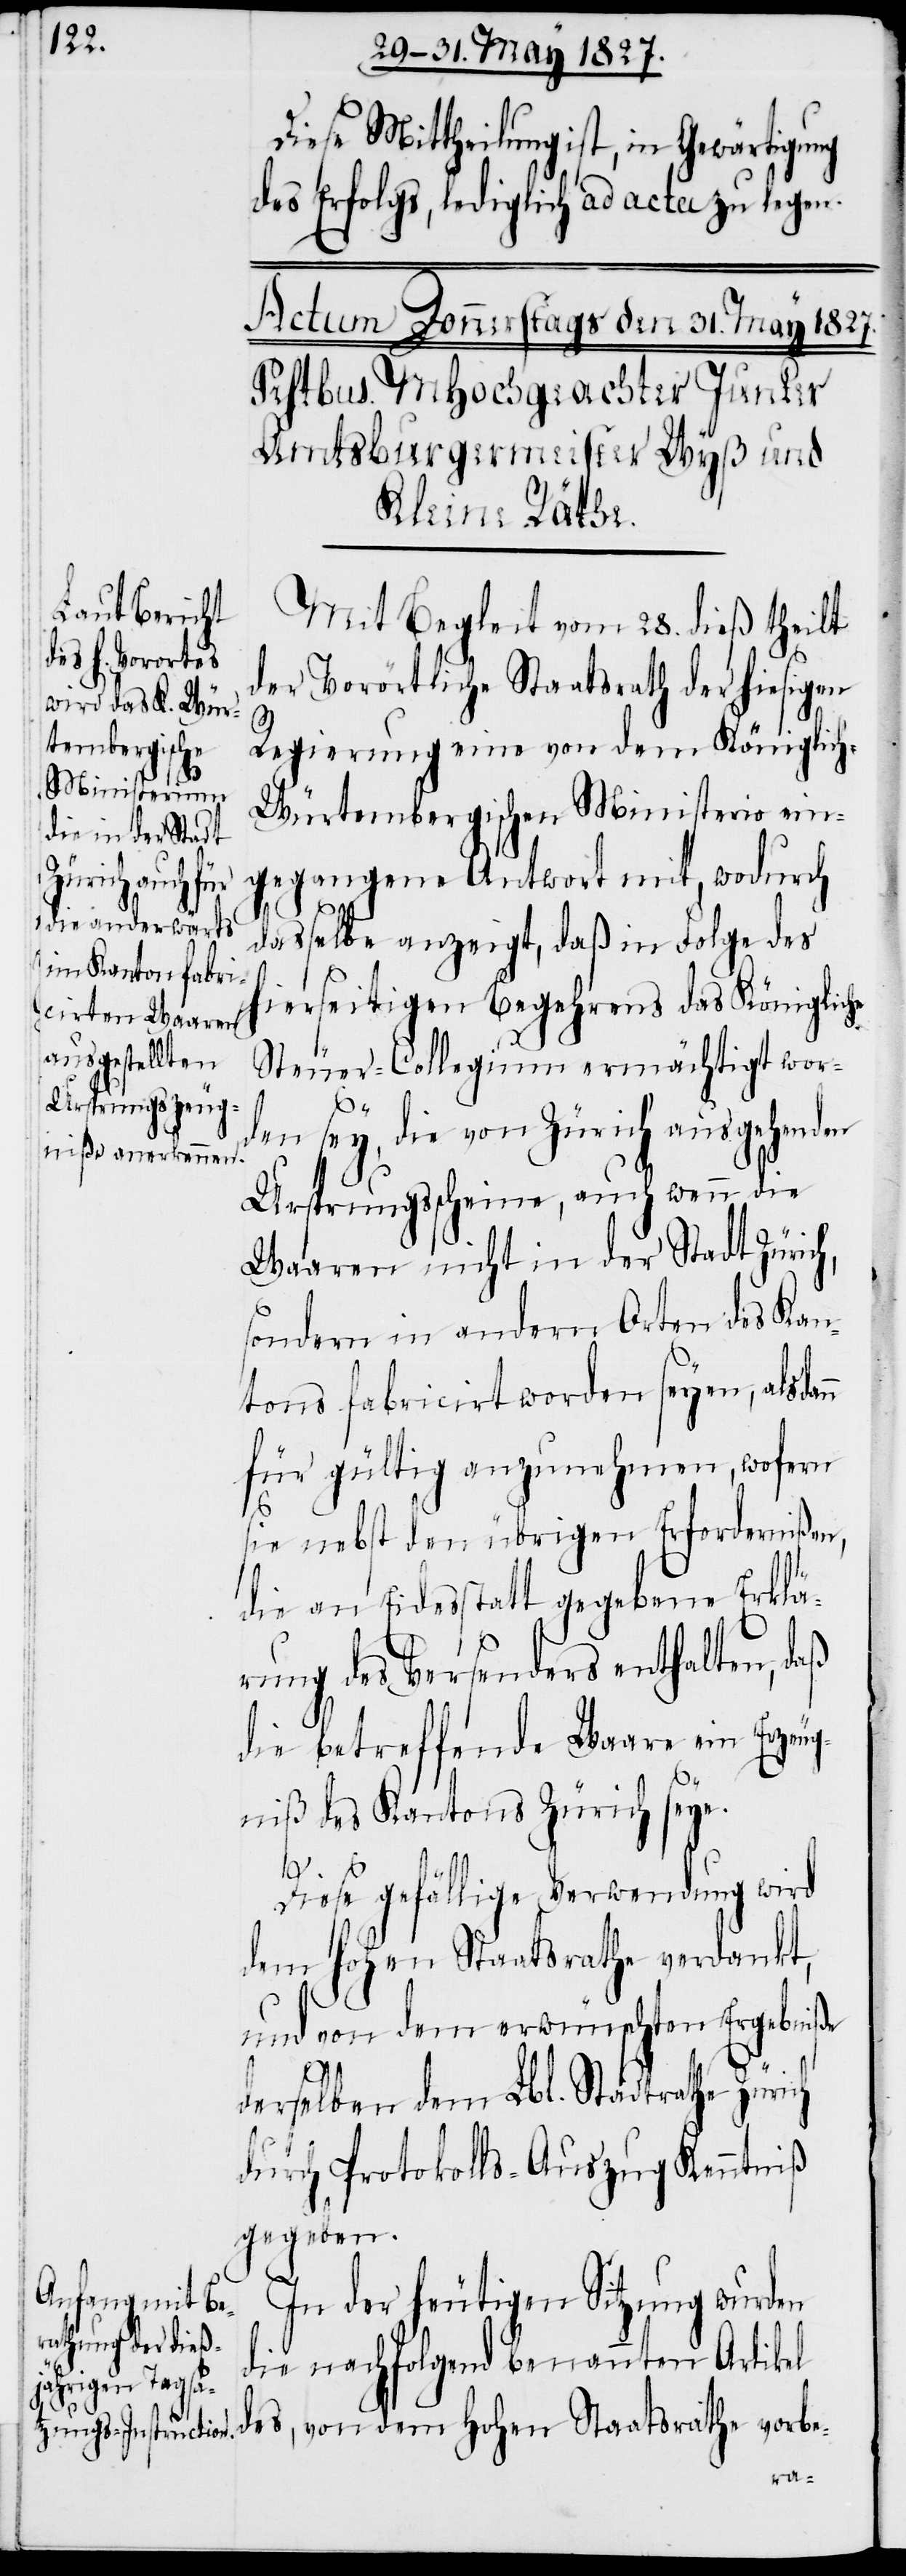
Diese Mittheilung ist, in Gewärtigung
des Erfolgs, lediglich ad acta zu legen.
Mit Begleit vom 28. dieß theilt
der Vorörtliche Staatsrath der hiesigen
Regierung eine von dem Königlic¬
h-Würtembergischen Ministerium ein¬
gegangene Antwort mit, wodurch
n
dasselbe anzeigt, daß in Folge des
hierseitigen Begehrens das Königliche
Steuer-Collegium ermächtigt wor¬
den sey, die von Zürich ausgehenden
Ursprungsscheine, auch wenn die
Waaren nicht in der Stadt Zürich,
sondern in andern Orten des Kan¬
tons fabricirt worden seyen, alsdan¬
für gültig anzunehmen, wofern
sie nebst den übrigen Erfordernißen,
die an Eidesstatt gegebene Erklä¬
rung des Versenders enthalten, daß
die betreffende Waare ein Erzeug¬
niß des Kantons Zürich seye.
Diese gefällige Verwendung wird
dem hohen Staatsrathe verdankt,
und von dem erwünschten Ergebniße
derselben dem Lbl. Stadtrathe Zürich
durch Protokolls-Auszug Kenntniß
gegeben.
In der heutigen Sitzung wurden
die nachfolgend benannten Artikel
des, von dem Hohen Staatsrathe vorbe-